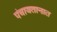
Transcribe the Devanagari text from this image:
पंचायतानात